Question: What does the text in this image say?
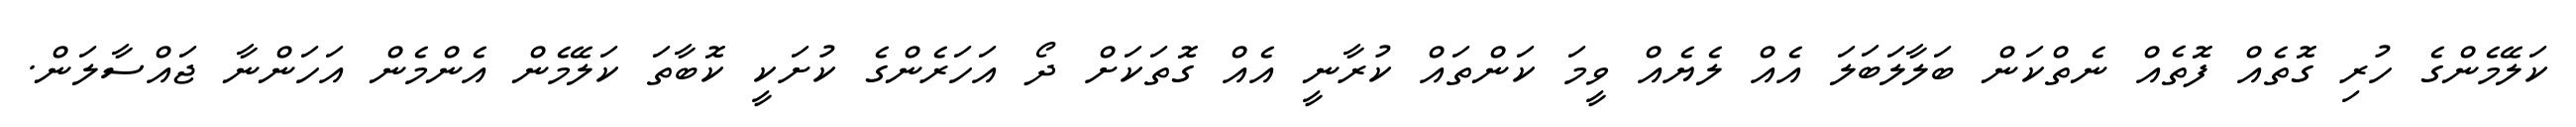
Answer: ކަލޭމެންގެ ހުރި ގޮތެއް ފޮތެއް ނެތްކަން ބަލާލަބަލަ އެއް ލެޔެއް ވީމަ ކަންތައް ކުރާނީ އެއް ގޮތަކަށް ދޯ އަހަރެންގެ ކުށަކީ ކޮބާތަ ކަލޭމެން އެންމެން އަހަންނާ ޖައްސާލަން.